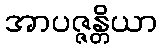
အာပဇ္ဇန္တိယာ